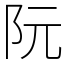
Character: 阮